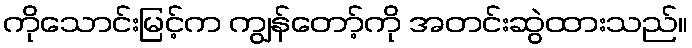
ကိုသောင်းမြင့်က ကျွန်တော့်ကို အတင်းဆွဲထားသည်။